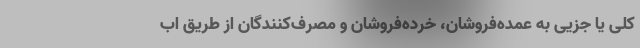
کلی یا جزیی به عمده‌فروشان، خرده‌فروشان و مصرف‌کنندگان از طریق اب